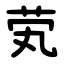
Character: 䒯